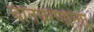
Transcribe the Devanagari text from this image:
वातवरणाला